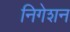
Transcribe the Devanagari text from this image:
निगेशन